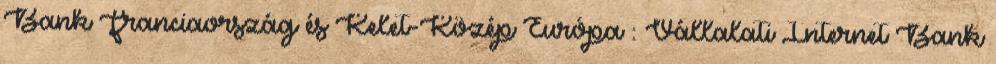
Bank Franciaország és Kelet-Közép Európa : Vállalati Internet Bank